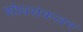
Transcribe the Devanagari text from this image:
शोधसंकलन